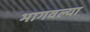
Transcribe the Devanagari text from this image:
भागवल्या